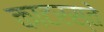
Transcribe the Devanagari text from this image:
काटरस्ते